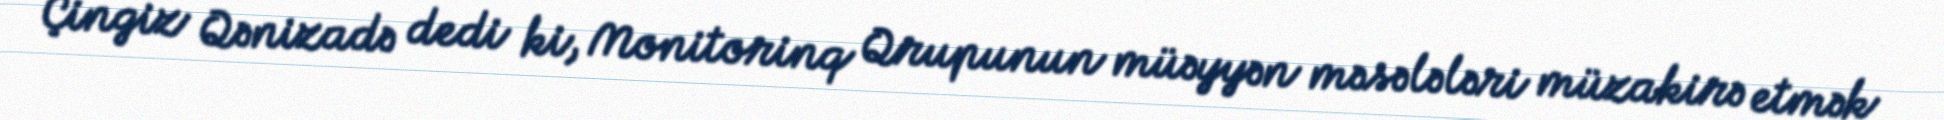
Çingiz Qənizadə dedi ki, Monitorinq Qrupunun müəyyən məsələləri müzakirə etmək